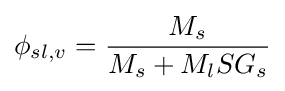
\phi _{sl,v}={\frac {M_{s}}{M_{s}+M_{l}SG_{s}}}